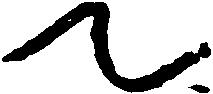
て